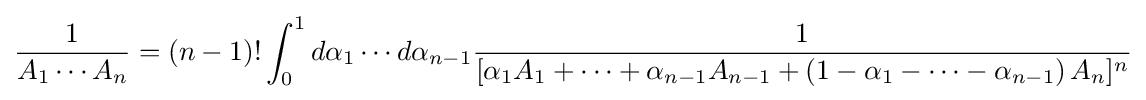
{\frac {1}{A_{1}\cdots A_{n}}}=\left(n-1\right)!\int _{0}^{1}d\alpha _{1}\cdots d\alpha _{n-1}{\frac {1}{[\alpha _{1}A_{1}+\cdots +\alpha _{n-1}A_{n-1}+\left(1-\alpha _{1}-\cdots -\alpha _{n-1}\right)A_{n}]^{n}}}